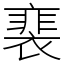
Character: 𧜏